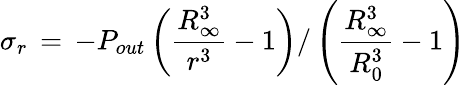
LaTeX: \sigma_{r}\, =\, -P_{out}\left(\frac{R_{\infty}^{3}}{r^{3}}-1\right)/\left(\frac{R_{\infty}^{3}}{R_{0}^{3}}-1\right)